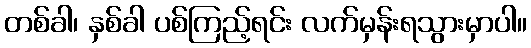
တစ်ခါ၊ နှစ်ခါ ပစ်ကြည့်ရင်း လက်မှန်းရသွားမှာပါ။